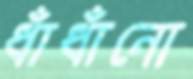
ধাঁধাঁনো